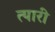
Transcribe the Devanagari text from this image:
त्यारी